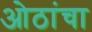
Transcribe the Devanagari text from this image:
ओठांचा